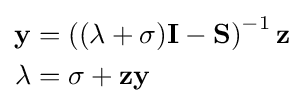
{\begin{aligned}\mathbf {y} &=\left((\lambda +\sigma )\mathbf {I} -\mathbf {S} \right)^{-1}\mathbf {z} \\\lambda &=\sigma +\mathbf {z} \mathbf {y} \end{aligned}}